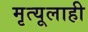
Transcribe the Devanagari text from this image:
मृत्यूलाही